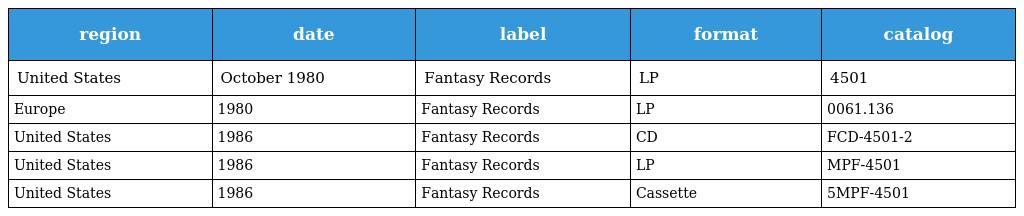
| region | date | label | format | catalog |
 | --- | --- | --- | --- | --- |
 | United States | October 1980 | Fantasy Records | LP | 4501 |
 | Europe | 1980 | Fantasy Records | LP | 0061.136 |
 | United States | 1986 | Fantasy Records | CD | FCD-4501-2 |
 | United States | 1986 | Fantasy Records | LP | MPF-4501 |
 | United States | 1986 | Fantasy Records | Cassette | 5MPF-4501 |